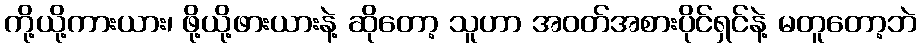
ကို့ယို့ကားယား၊ ဖို့ယို့ဖားယားနဲ့ ဆိုတော့ သူဟာ အဝတ်အစားပိုင်ရှင်နဲ့ မတူတော့ဘဲ